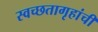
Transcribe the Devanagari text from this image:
स्वच्छतागृहांची